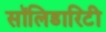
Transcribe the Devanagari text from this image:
सॉलिडारिटी